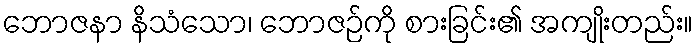
ဘောဇနာ နိသံသော၊ ဘောဇဉ်ကို စားခြင်း၏ အကျိုးတည်း။